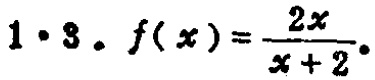
$1\cdot3.\ f(x)=\frac{2x}{x + 2}.$